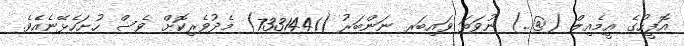
އޮފީހުގެ އީމެއިލް (@..) ނުވަތަ ވައިބަރ ނަންބަރު (7331441) މެދުވެރިކޮށް ވެސް ހުށަހެޅޭނެއެވެ.